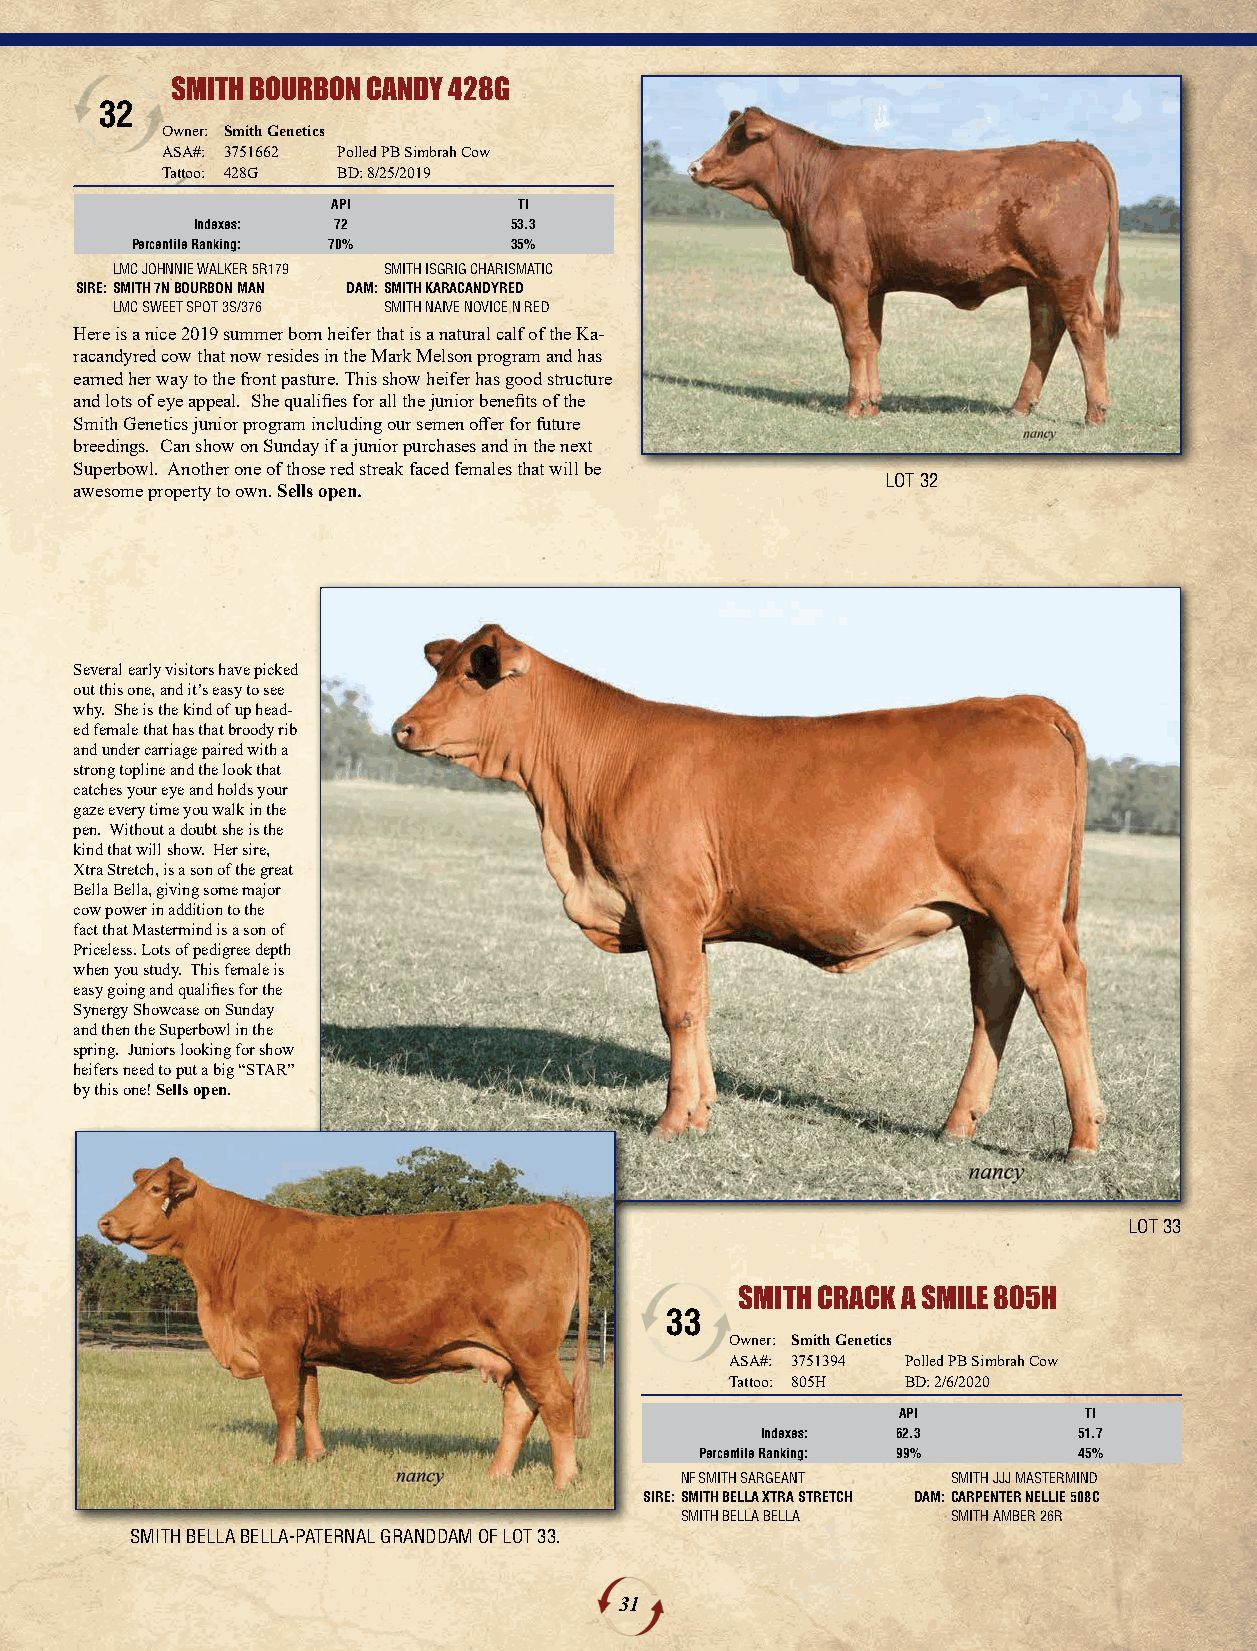
SMITH BOURBON CANDY 428G
 32
 Owner: Smith Genetics
 ASA#: 3751662 Polled PB Simbrah Cow
 Tattoo: 428G BD: 8/25/2019
 API         TI
 Indexes: 72          53.3
 Percentile Ranking: 70%  35%
 LMC JOHNNIE WALKER 5R179 SMITH ISGRIG CHARISMATIC
 SIRE:SMITH 7N BOURBON MAN DAM:SMITH KARACANDYRED
 LMC SWEET SPOT 3S/376 SMITH NAIVE NOVICE N RED
 Here is a nice 2019 summer born heifer that is a natural calf of the Ka-
 racandyred cow that now resides in the Mark Melson program and has
 earned her way to the front pasture. This show heifer has good structure
 and lots of eye appeal. She qualifies for all the junior benefits of the
 Smith Genetics junior program including our semen offer for future
 breedings. Can show on Sunday if a junior purchases and in the next
 Superbowl. Another one of those red streak faced females that will be
 LOT 32
 awesome property to own. Sells open.
 Several early visitors have picked
 out this one, and it’s easy to see
 why. She is the kind of up head-
 ed female that has that broody rib
 and under carriage paired with a
 strong topline and the look that
 catches your eye and holds your
 gaze every time you walk in the
 pen. Without a doubt she is the
 kind that will show. Her sire,
 Xtra Stretch, is a son of the great
 Bella Bella, giving some major
 cow power in addition to the
 fact that Mastermind is a son of
 Priceless. Lots of pedigree depth
 when you study. This female is
 easy going and qualifies for the
 Synergy Showcase on Sunday
 and then the Superbowl in the
 spring. Juniors looking for show
 heifers need to put a big “STAR”
 by this one! Sells open.
 LOT 33
 SMITH CRACK A SMILE 805H
 33
 Owner: Smith Genetics
 ASA#: 3751394 Polled PB Simbrah Cow
 Tattoo: 805H BD: 2/6/2020
 API          TI
 Indexes: 62.3        51.7
 Percentile Ranking: 99%  45%
 NF SMITH SARGEANT SMITH JJJ MASTERMIND
 SIRE:SMITH BELLA XTRA STRETCH DAM:CARPENTER NELLIE 508C
 SMITH BELLA BELLA SMITH AMBER 26R
 SMITH BELLA BELLA-PATERNAL GRANDDAM OF LOT 33.
 31